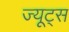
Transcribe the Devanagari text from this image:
ज्यूट्स